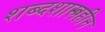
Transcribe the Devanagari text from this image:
शब्दशास्त्रहीन